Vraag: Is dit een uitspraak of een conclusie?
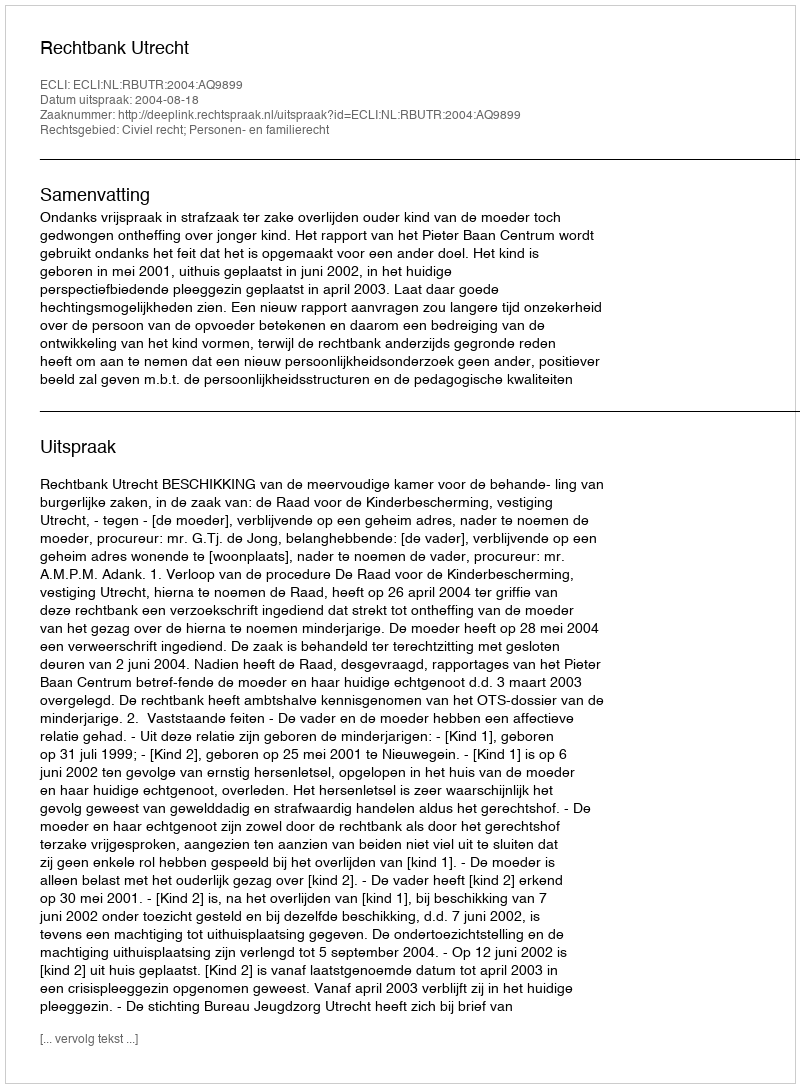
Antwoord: Uitspraak